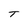
Character: T